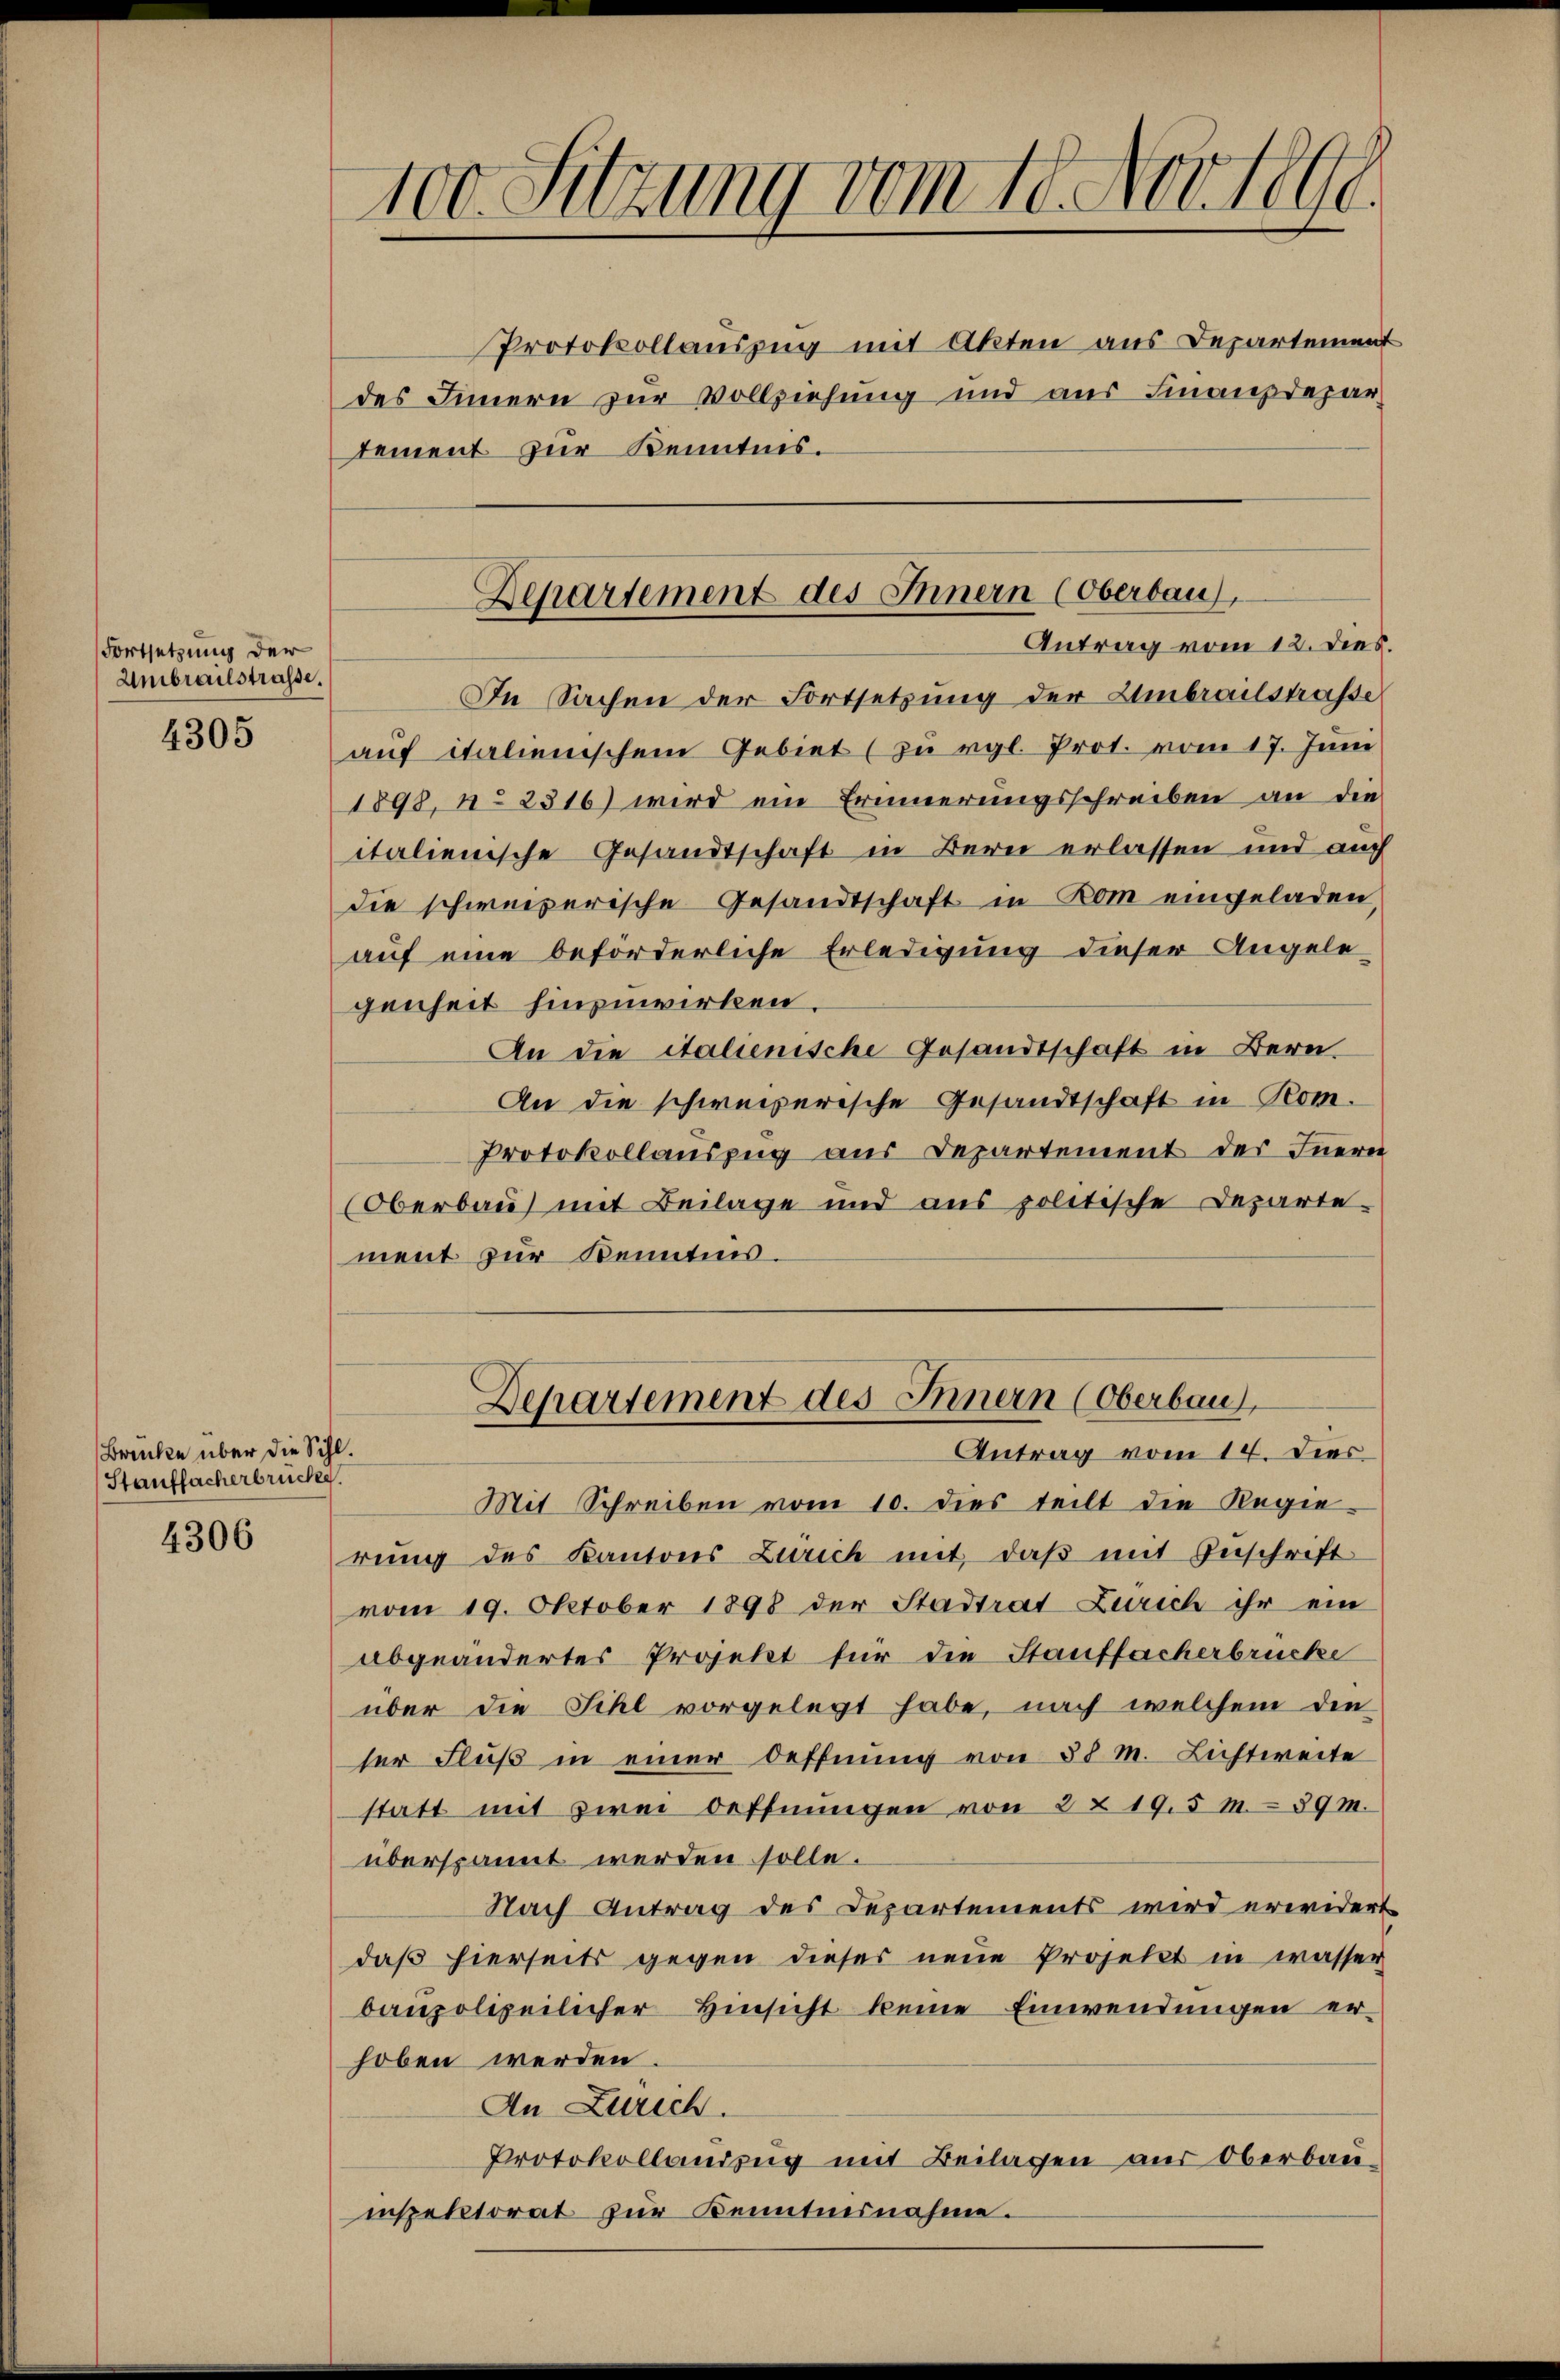
Fortsetzung der
Umbrailstraße.

4305

Brücke über die Sihl.
Stauffacherbrücke.

4306

Protokollauszug mit Akten aus Departement
des Innern zur Vollziehung und aus Finanzdepar
tement zur Kenntnis.

100. Sitzung vom 10. Nov. 1890.

In Sachen der Fortsetzung der Umbrailstraße
aŭf italienischem Gebiet (zŭ rgl. Prot. vom 17. Jŭni
1898, n. 2316) wird ein Erinnerungsschreiben an die
italienische Gesandtschaft in Bern erlassen und auch
die schweizerische Gesandtschaft in Rom eingeladen,
auf eine beförderliche Erledigung dieser Angele
genheit hinzuwirken.
An die italienische Gesandtschaft in Bern.
An die schweizerische Gesandtschaft in Rom.
Protokollauszug aus Departement des Innern
Oberbau mit Beilage und aus politische Departe-
ment zur Kenntnis.

Departement des Innern (Oberbau,
Antrag vom 12. dies.

Departement des Innern (Oberbau
Antrag vom 14. Dies

Mit Schreiben vom 10. dies teilt die Regie
rung des Kantons Zürich mit daß mit Zuschrift
vom 19. Oktober 1898 der Stadtrat Zürich ihr ein
abgeänderter Projekt für die Stauffacherbrücke
über die Sihl vorgelegt habe, nach welchem die
ser Fluß in einer Oeffnung von 38 M. Lichtweite
statt mit zwei Oeffnungen von 2 & 19,5 m 89m.
überspannt werden solle.
Nach Antrag des Departements wird erwidert
daß hierseits gegen dieses neue Projekt in wasser
baupolizeilicher Hinsicht keine Einwendungen er-
hoben werden.
An Zürich.
Protokollandzug mit Beilagen aus Oberbau-
inspektorat zur Kenntnisnahme.